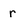
Character: r